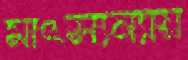
মাৎস্যন্যায়